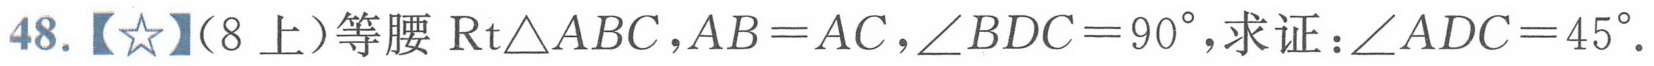
48.【★】（8上）等腰\(\text{Rt}\triangle ABC\)，\(AB = AC\)，\(\angle BDC = 90^{\circ}\)，求证：\(\angle ADC = 45^{\circ}\).